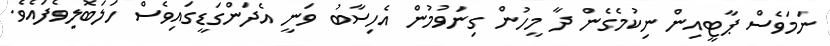
ނަމަވެސް ޕާޓީއިން ނިކުމެގެން ދާ މީހުން ގިނަވުމުން އެހިސާބު ވަނީ އެދަންގަޑީގައިވެސް ހަލަބޮލިވެފައެވެ.